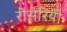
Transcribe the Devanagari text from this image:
रोसेरियो